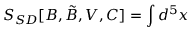
S _ { S D } [ B , \tilde { B } , V , C ] = \int d ^ { 5 } x